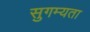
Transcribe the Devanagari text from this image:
सुगम्यता